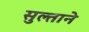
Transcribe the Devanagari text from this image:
सुल्ताने